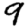
Digit: 9